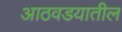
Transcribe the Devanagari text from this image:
आठवडयातील